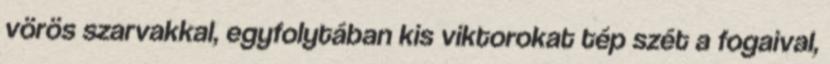
vörös szarvakkal, egyfolytában kis viktorokat tép szét a fogaival,